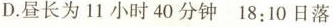
D.昼长为11小时40分钟18:10日落